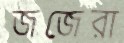
জজেরা